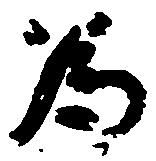
為